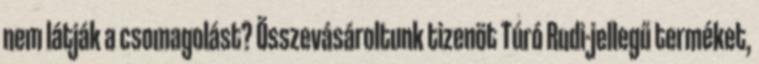
nem látják a csomagolást? Összevásároltunk tizenöt Túró Rudi-jellegű terméket,